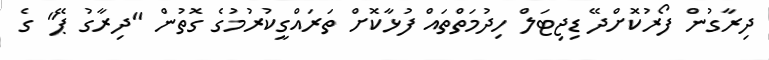
ދިރާގުން ފޯރުކޮށްދޭ ޑިޖިޓަލް ހިދުމަތްތައް ފުޅާކޮށް ތަރައްގީކުރުމުގެ ގޮތުން "ދިރާގު ޕޭ" ގެ